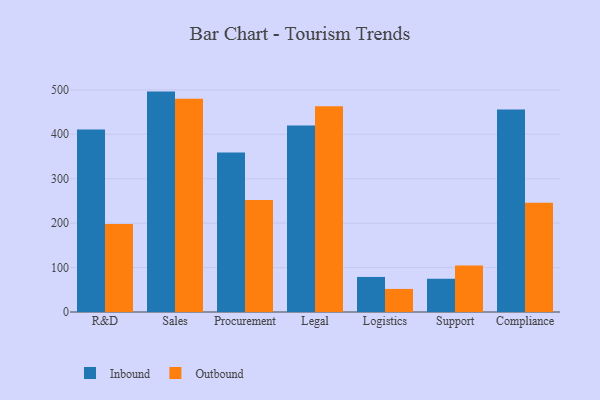
{"axis": {"x": "Department", "y": "Headcount"}, "legend": ["Inbound", "Outbound"], "data": [{"x": "R&D", "y": 410.6, "type": "Inbound"}, {"x": "R&D", "y": 197.9, "type": "Outbound"}, {"x": "Sales", "y": 496.1, "type": "Inbound"}, {"x": "Sales", "y": 480.2, "type": "Outbound"}, {"x": "Procurement", "y": 359.1, "type": "Inbound"}, {"x": "Procurement", "y": 251.9, "type": "Outbound"}, {"x": "Legal", "y": 419.7, "type": "Inbound"}, {"x": "Legal", "y": 462.9, "type": "Outbound"}, {"x": "Logistics", "y": 78.9, "type": "Inbound"}, {"x": "Logistics", "y": 51.9, "type": "Outbound"}, {"x": "Support", "y": 74.8, "type": "Inbound"}, {"x": "Support", "y": 104.4, "type": "Outbound"}, {"x": "Compliance", "y": 455.8, "type": "Inbound"}, {"x": "Compliance", "y": 246.1, "type": "Outbound"}]}